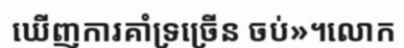
ឃើញការគាំទ្រច្រើន ចប់»។លោក